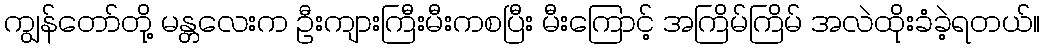
ကျွန်တော်တို့ မန္တလေးက ဦးကျားကြီးမီးကစပြီး မီးကြောင့် အကြိမ်ကြိမ် အလဲထိုးခံခဲ့ရတယ်။